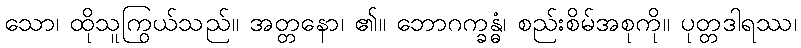
သော၊ ထိုသူကြွယ်သည်။ အတ္တနော၊ ၏။ ဘောဂက္ခန္ဓံ၊ စည်းစိမ်အစုကို။ ပုတ္တဒါရဿ၊